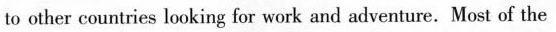
to other countries looking for work and adventure. Most of the